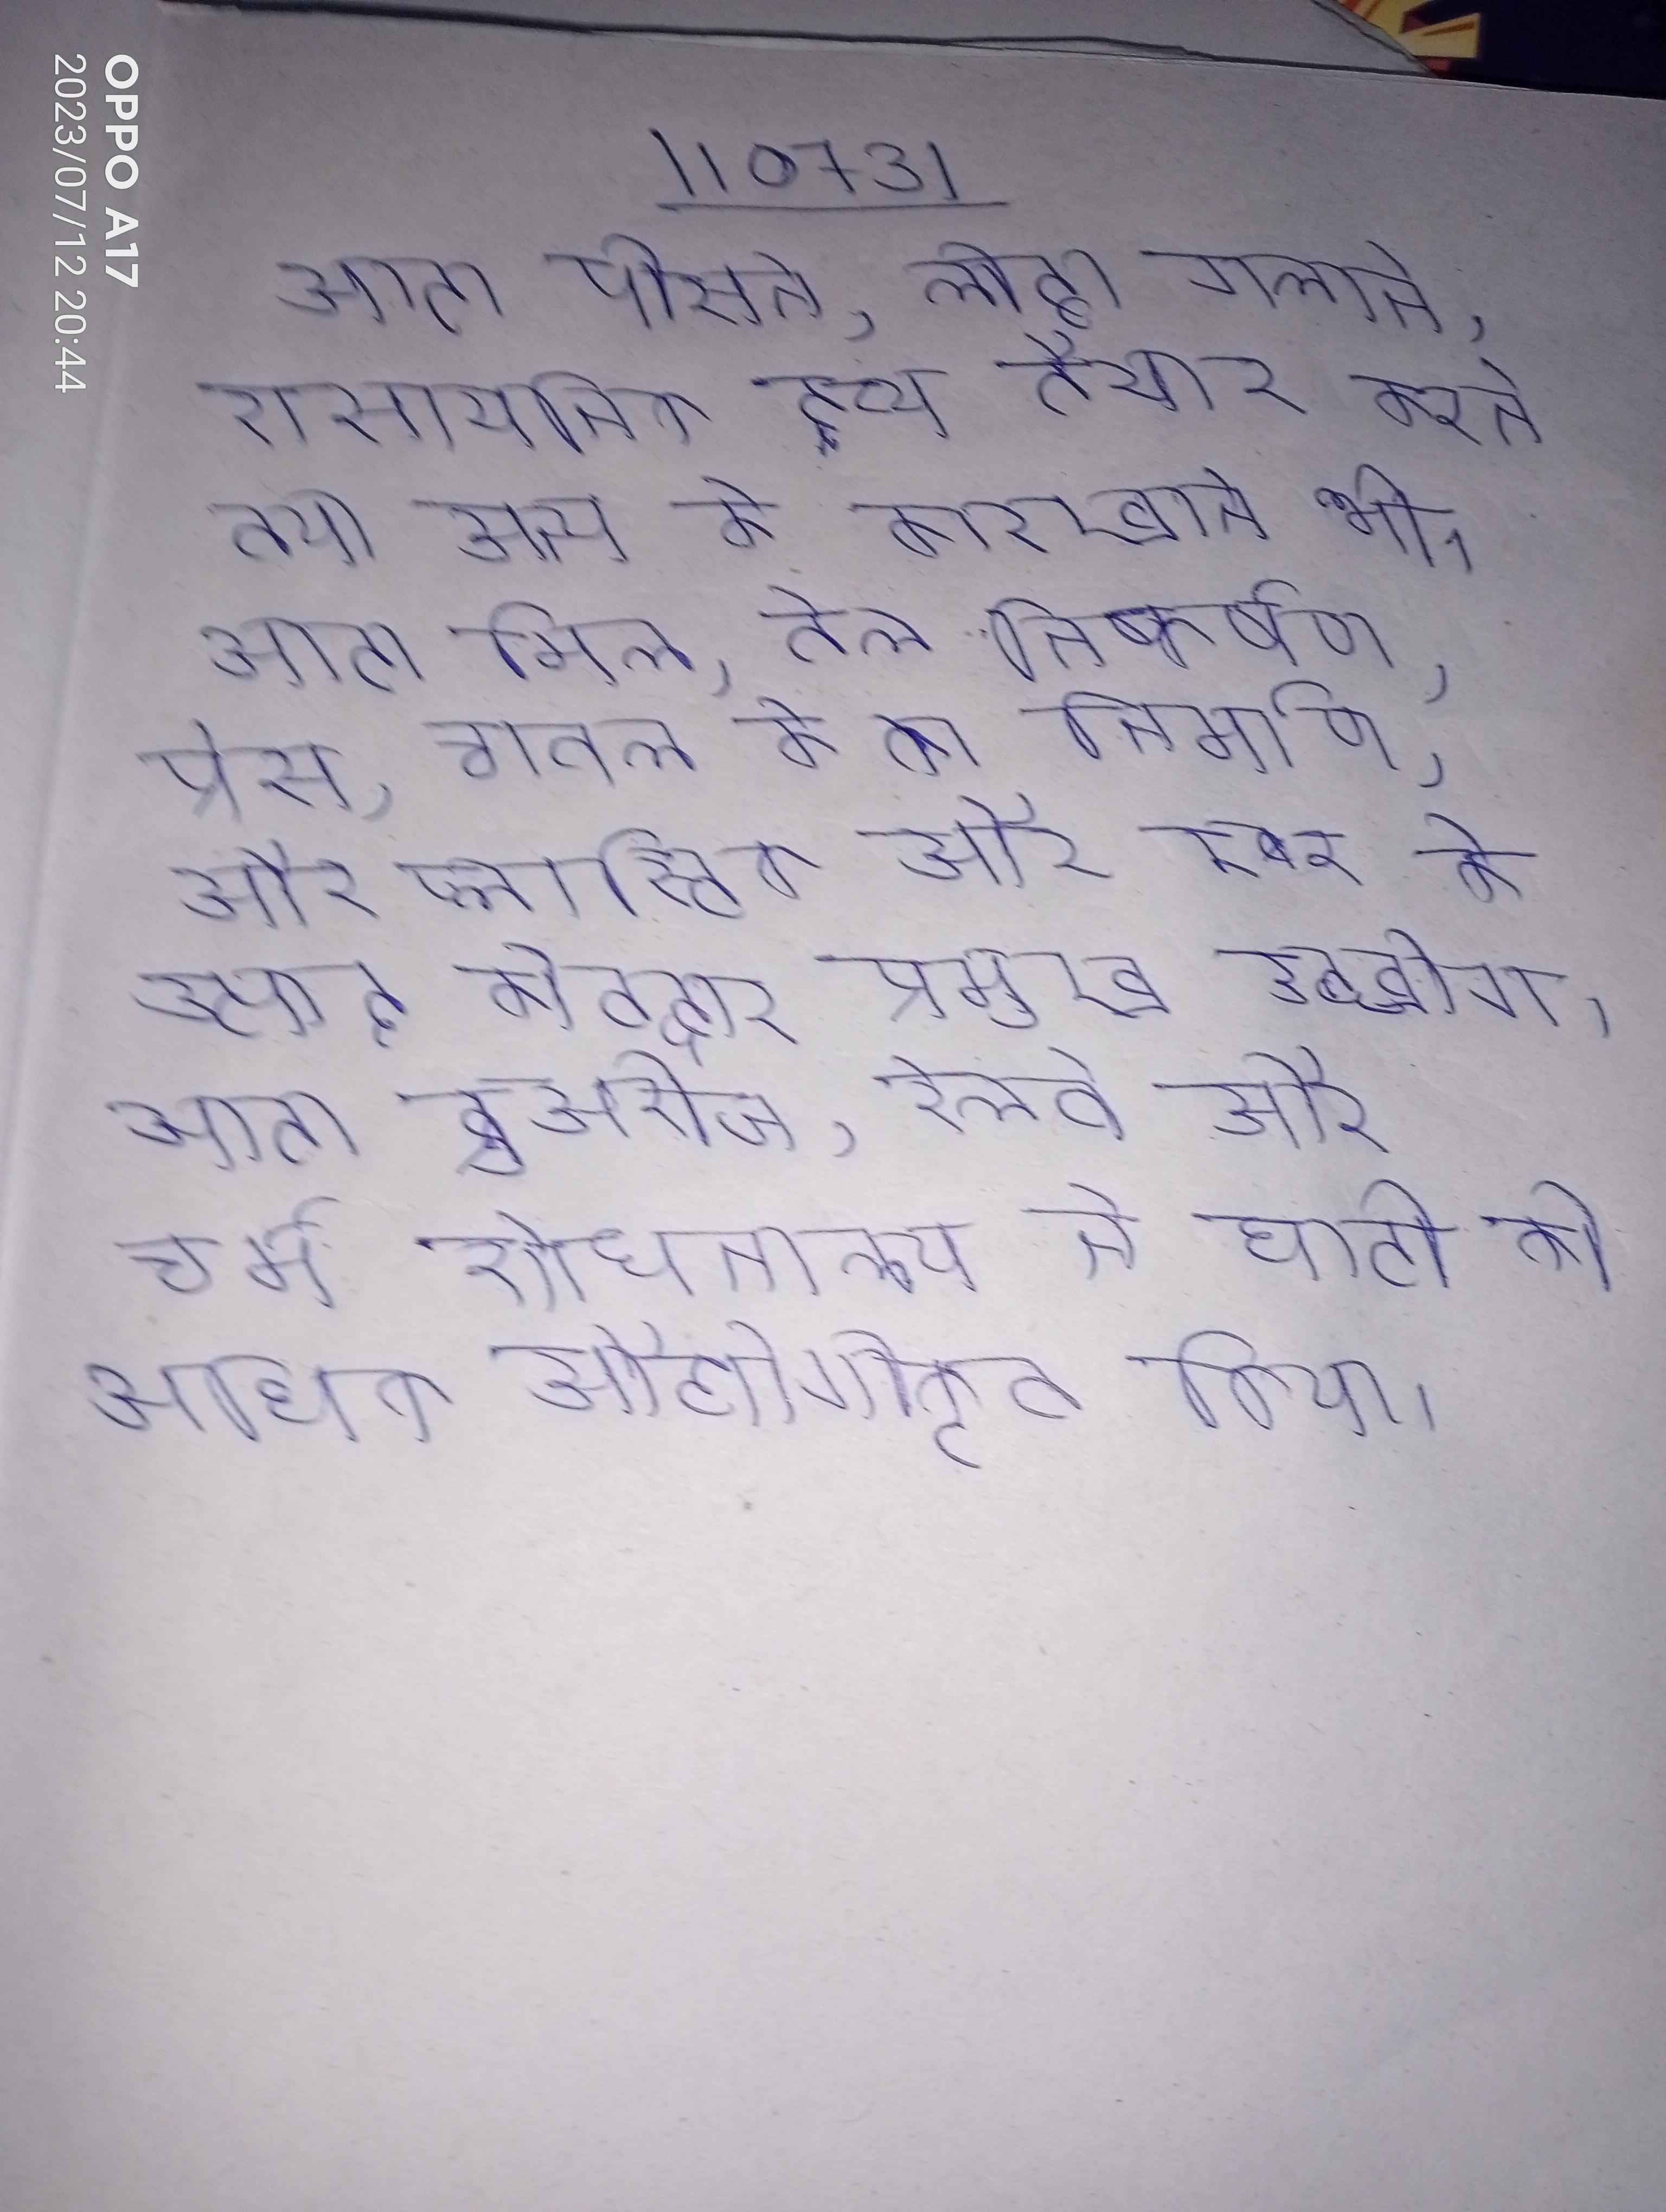
आटा पीसने, लोहा गलाने, रासायनिक द्रव्य तैयार करने तथा अन्य के कारखाने भी । आटा मिल, तेल निष्कर्षण, प्रेस, चावल के का निर्माण, और प्लास्टिक और रबर के उत्पाद कोटद्वार प्रमुख उद्योग । आटा ब्रुअरीज, रेलवे और चर्म शोधनालय ने घाटी को अधिक औद्योगीकृत किया ।